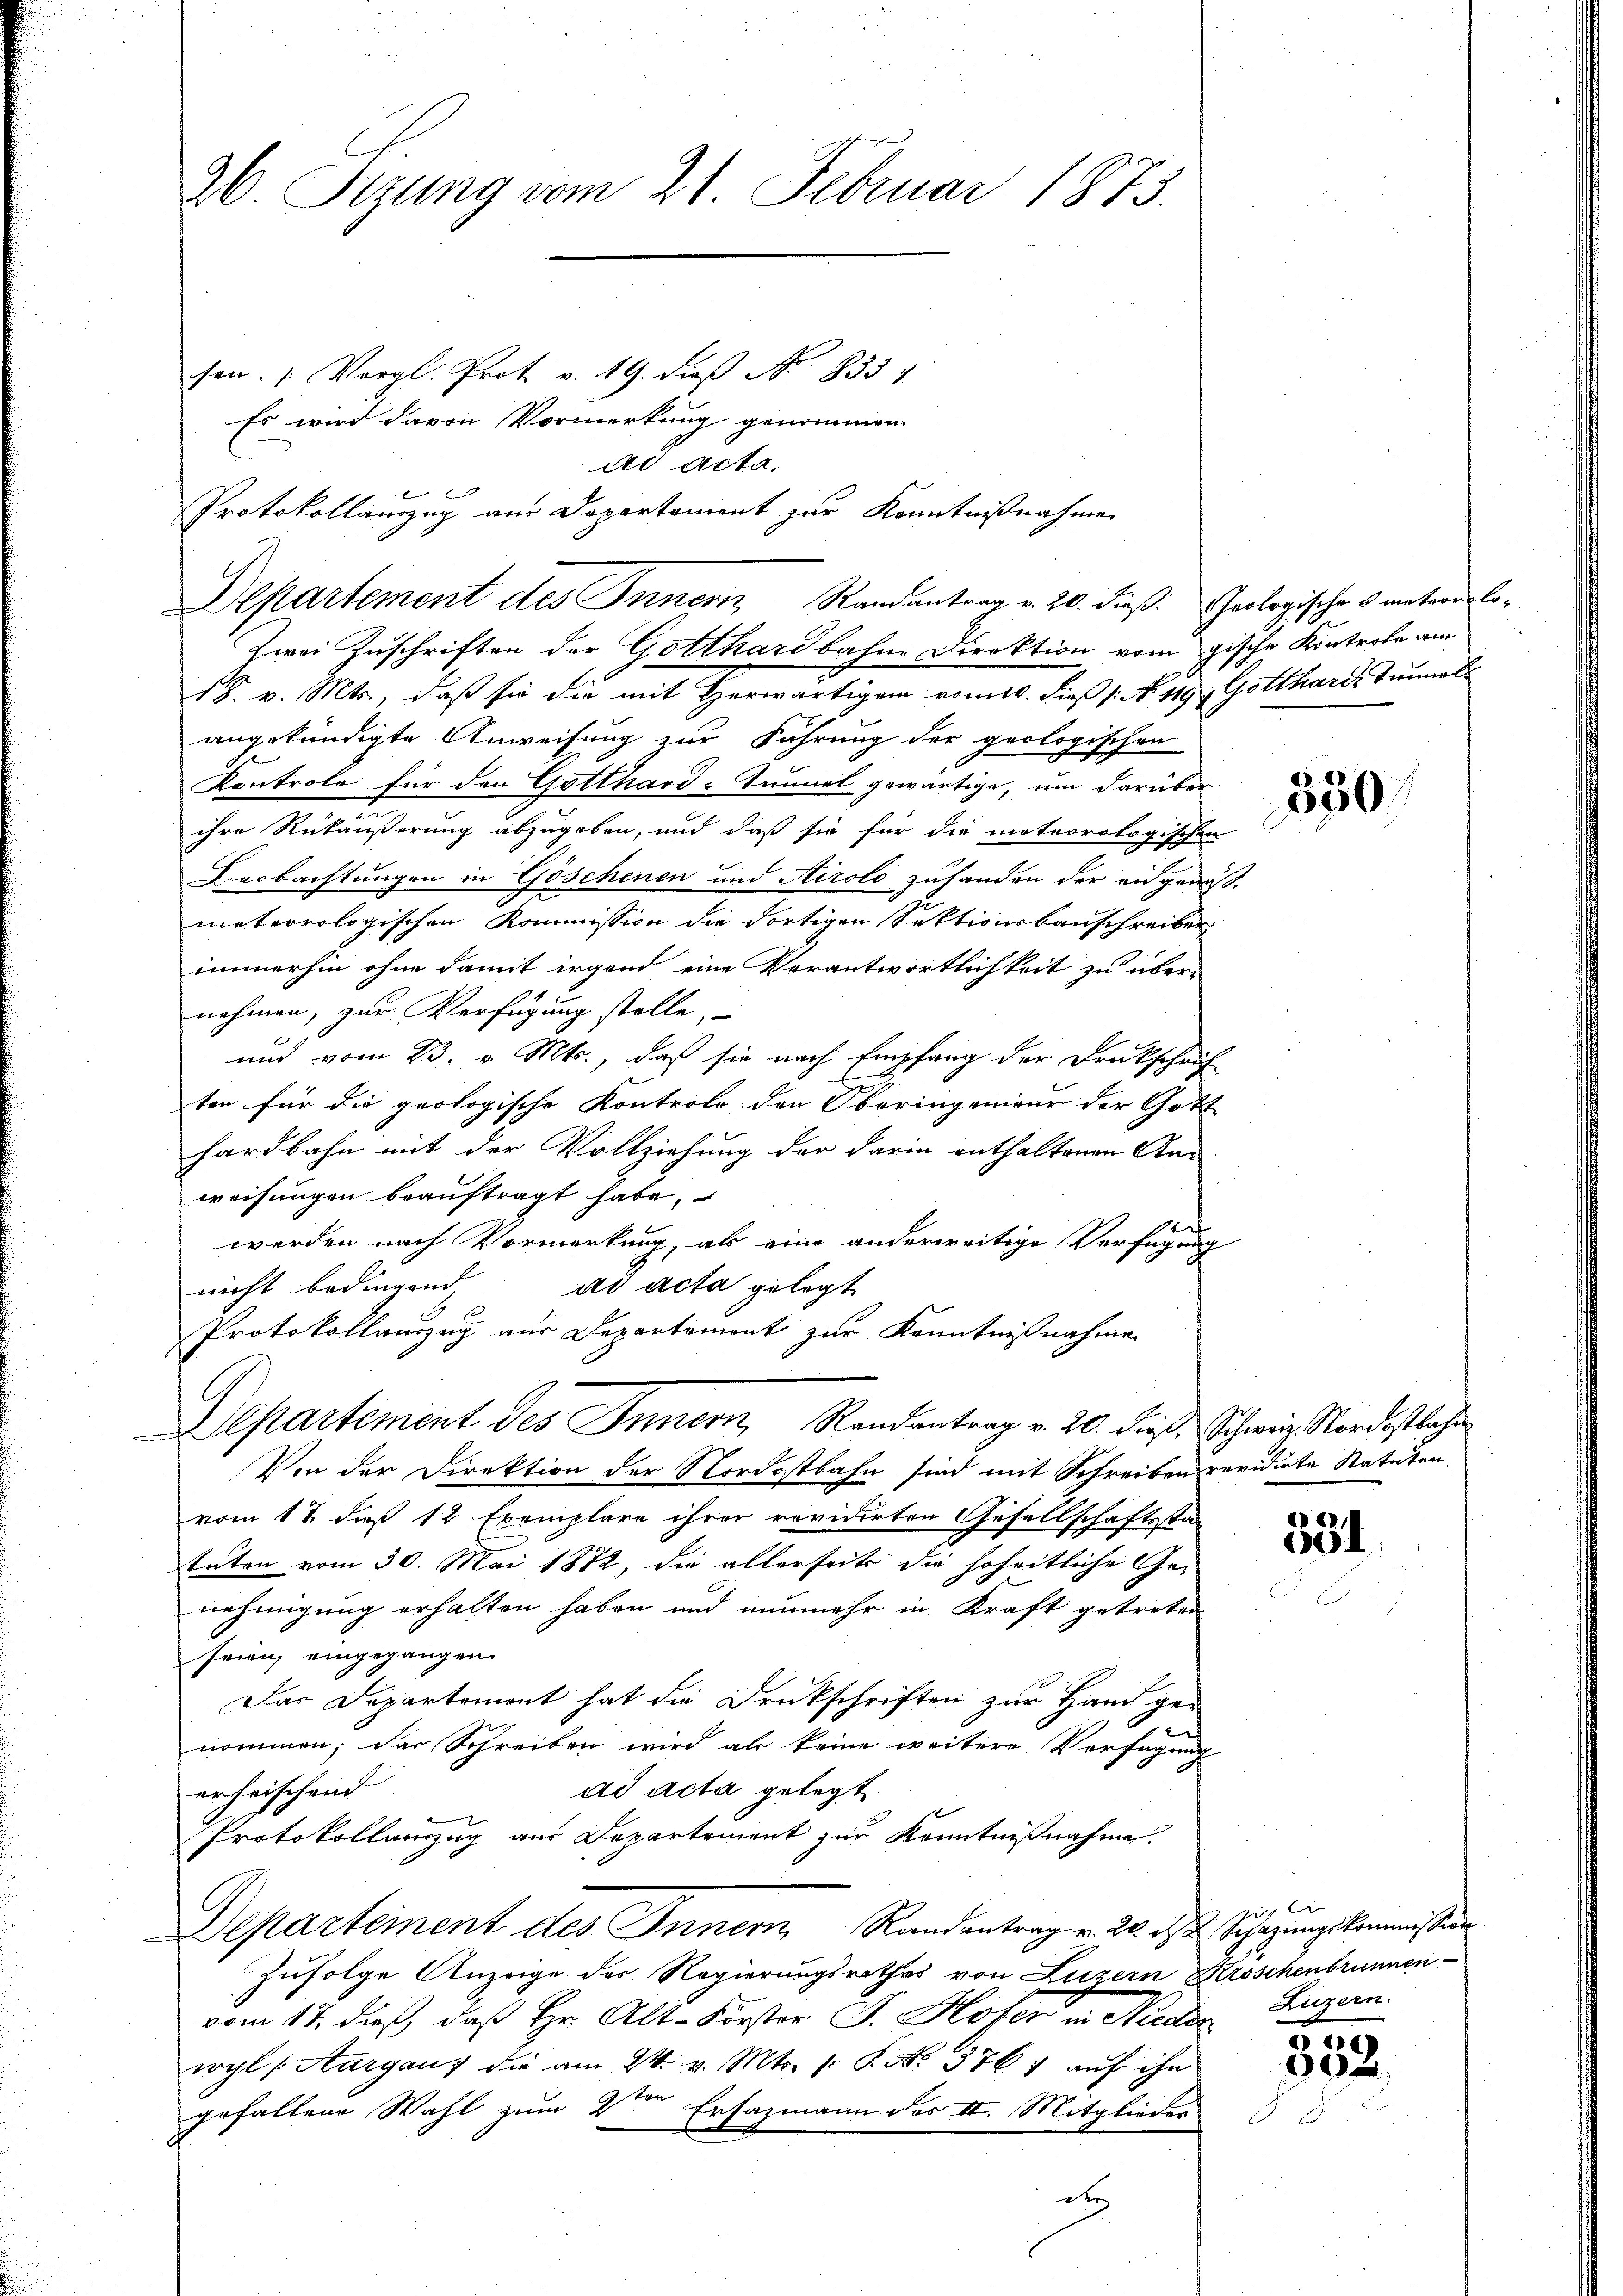
26. Sizung vom 21. Februar 1873.
sen. (Vergl. Prot v. 19. dieß No. 833. 4

Zwei Zuschriften der Gotthardbahne Direktion vom gische Kontrole am
18. v. Mts., daß sie die mit Herwärtigem vom 10. dieß 1: No 119 Gottharis Tunnels
angekündigte Anweisung zur Führung der geologischen
Kontrole für den Gotthard-Tunnel gewärtige, um darüber
ihre Rückäußerung abzugeben, und daß sie für die meteorologischen
Beobachtungen in Göschenen und Airolo zuhanden der eidgenösmeteorologischen Kommission die dortigen Sektionsbauschreiben
immerhin ohne damit irgend eine Verantwortlichkeit zu über-
nehmen, zur Verfügung stelle,
und vom 23. v. Mts., daß sie nach Empfang der Druckschrif
ten für die geologische Kontrole den Oberingenieur der Gott-
hardbahn mit der Vollziehung der darin enthaltenen An-
weisungen beauftragt habe,
werden nach Vormerkung, als eine anderweitige Verfügung
ad acta gelegt
nicht bedingend,
Protokollauszug aus Departement zur Kenntnißnahme
Departement des Innern, Randantrag v. 20. dieß. Schweiz. Nordostbahn
Von der Direktion der Nordostbahn sind mit Schreiben revidirte Statuten
vom 17. dieß 12 Exemplare ihrer revidirten Gesellschaftsstan
tuten vom 30. Mai 1872, die allerheits die hoheitliche Genehmigung erhalten haben und nunmehr in Kraft getreten
seien, eingegangen.
Das Departemont hat die Druckschriften zur Hand ge-
nommen; das Schreiben wird als keine weitere Verfügung
ad acta gelegt
erheischend
Protokollauszug aus Departemont zur Kenntnißnahme.
Departement des Innern Randantrag v. 20. ds. Schazungskommission
Zufolge Anzeige des Regierungsrathes von Luzern Kroschenbrunnenvom 17. dieß, daß Hr. Alt-Forster J. Hofer in Nieder Luzern.
wyl (Aargau, die am 24. v. Mts. p. P. No. 376, auf ihn
gefallene Wahl zum 2ten Ersazmann des II. Mitglieder
de

Es wird davon Vormerkung genommen.
ad acta.
Protokollanzug aus Departement zur Kenntnißnahme
Departement des Innern Randantrag v. 20. dieß. Geologisches unteres lo¬

2

350

e
354

500